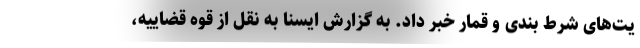
یت‌های شرط بندی و قمار خبر داد. به گزارش ایسنا به نقل از قوه قضاییه،